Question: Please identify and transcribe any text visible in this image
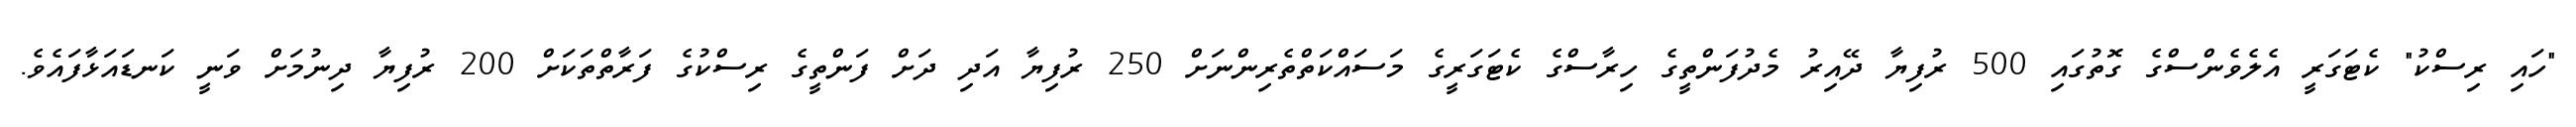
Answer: "ހައި ރިސްކު" ކެޓަގަރީ އެލެވެންސްގެ ގޮތުގައި 500 ރުފިޔާ ދޭއިރު މެދުފަންތީގެ ހިރާސްގެ ކެޓަގަރީގެ މަސައްކަތްތެރިންނަށް 250 ރުފިޔާ އަދި ދަށް ފަންތީގެ ރިސްކުގެ ފަރާތްތަކަށް 200 ރުފިޔާ ދިނުމަށް ވަނީ ކަނޑައަޅާފައެވެ.